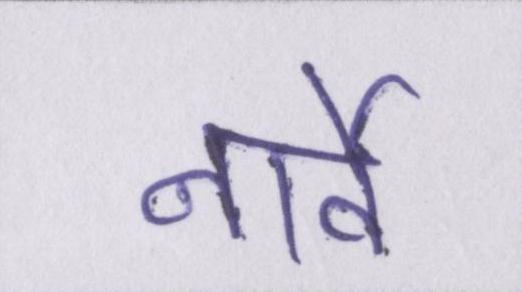
नार्वे